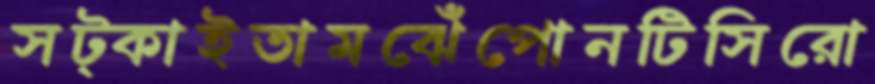
সট্‌কাইতামঝেঁপোনটিসিরো